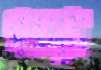
গন্ধসুধা